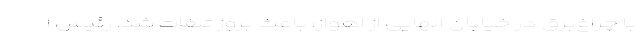
با چراغ‌برق در خیابان الهایی از اهواز، باعث بروز تلفات شد. رئیس ا